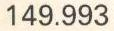
149.993